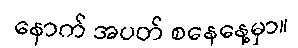
နောက် အပတ် စနေနေ့မှာ။